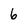
Character: 6